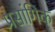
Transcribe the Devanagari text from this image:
प्रसांगिक